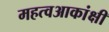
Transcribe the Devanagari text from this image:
महत्वआकांक्षी